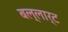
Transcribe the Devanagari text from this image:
बल्लार्ट